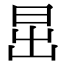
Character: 𣅽